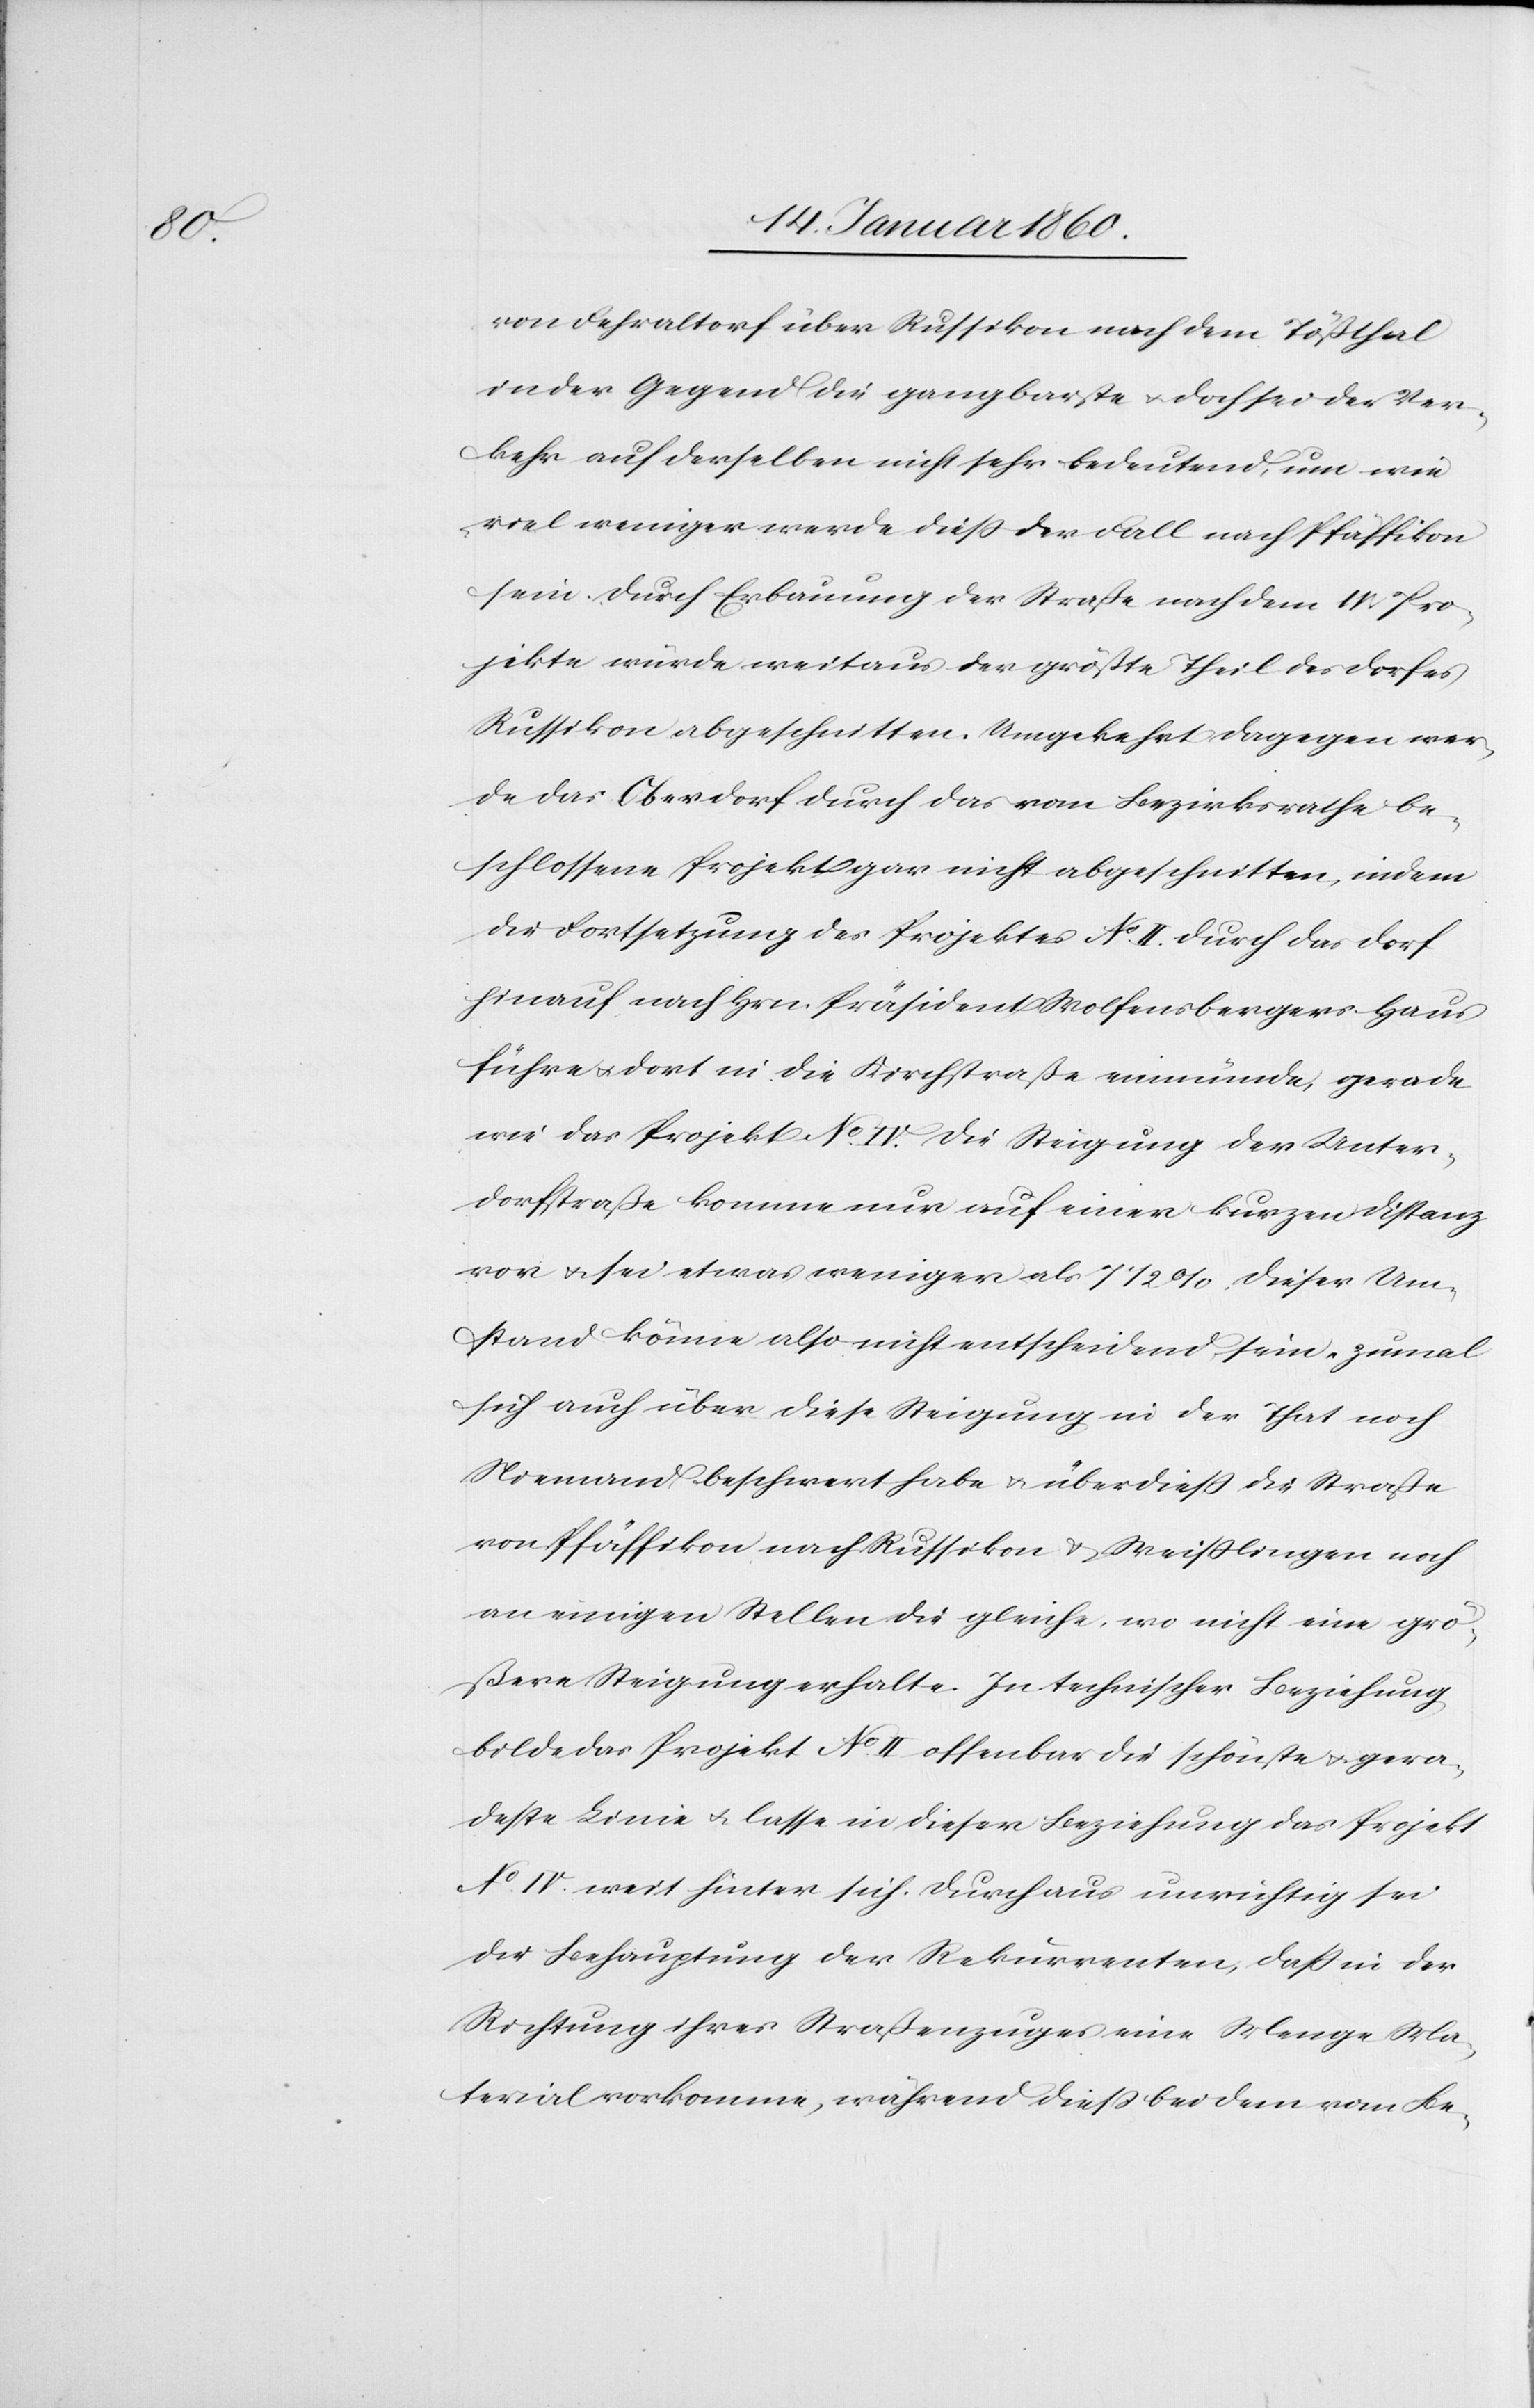
von Fehraltorf über Russikon nach dem Tößthal
in der Gegend die gangbarste u. doch sei der Ver¬
kehr auf derselben nicht sehr bedeutend, um wie
reel weniger werde dieß der Fall nach Pfäffikon
sein. Durch Erbauung der Strasse nach dem II. Pro¬
jekte wurde weitaus der größte Theil des Dorfes
Russikon abgeschnitten. Umgekehrt dagegen wer¬
de das Oberdorf durch das vom Bezirksrathe be¬
schlossene Projekt gar nicht abgeschnitten, indem
der Fortsetzung des Projektes No II. durch das Dorf
hinauf nach Hrn. Präsident Wolfensbergers Haus
führe u. dort in die Kirchstrasse einmünde, gerade
wie das Projekt No IV. die Steigung der Unter¬
dorfstraße komme nur auf einer kurzen Distanz
vor u. sei etwas weniger als 7 1/2%. Dieser Um¬
stand könne also nicht entscheidend sein, zumal
sich auch über diese Steigung in der That noch
Niemand beschwert habe u. überdieß die Strasse
von Pfäffikon nach Russikon u. Weisslingen noch
an einigen Stellen die gleiche, wo nicht eine grö¬
ßere Steigung erhalte. In technischer Beziehung
bilde das Projekt No II. offenbar die schönste u. gera¬
deste Linie u. lasse in dieser Beziehung das Projekt
No IV. weit hinter sich. Durchaus unrichtig sei
die Behauptung der Rekurrenten, daß in der
Richtung ihres Straßenzuges eine Menge Ma¬
terial vorkomme, während dieß bei dem vom Be-